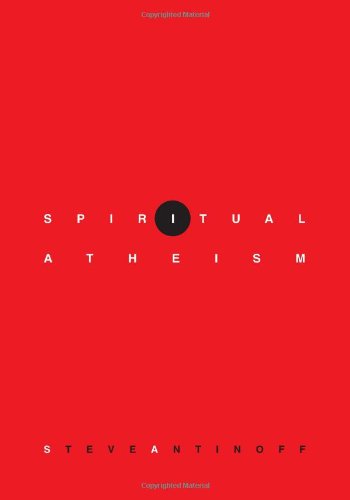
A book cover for Spiritual Atheism; Steve Antinoff; Religion & Spirituality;